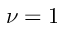
\nu = 1